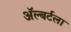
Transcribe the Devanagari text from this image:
ॲल्बर्टला